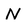
Character: N